Eesti_Noorsoo_Kasvatuse_Selts, lk 4
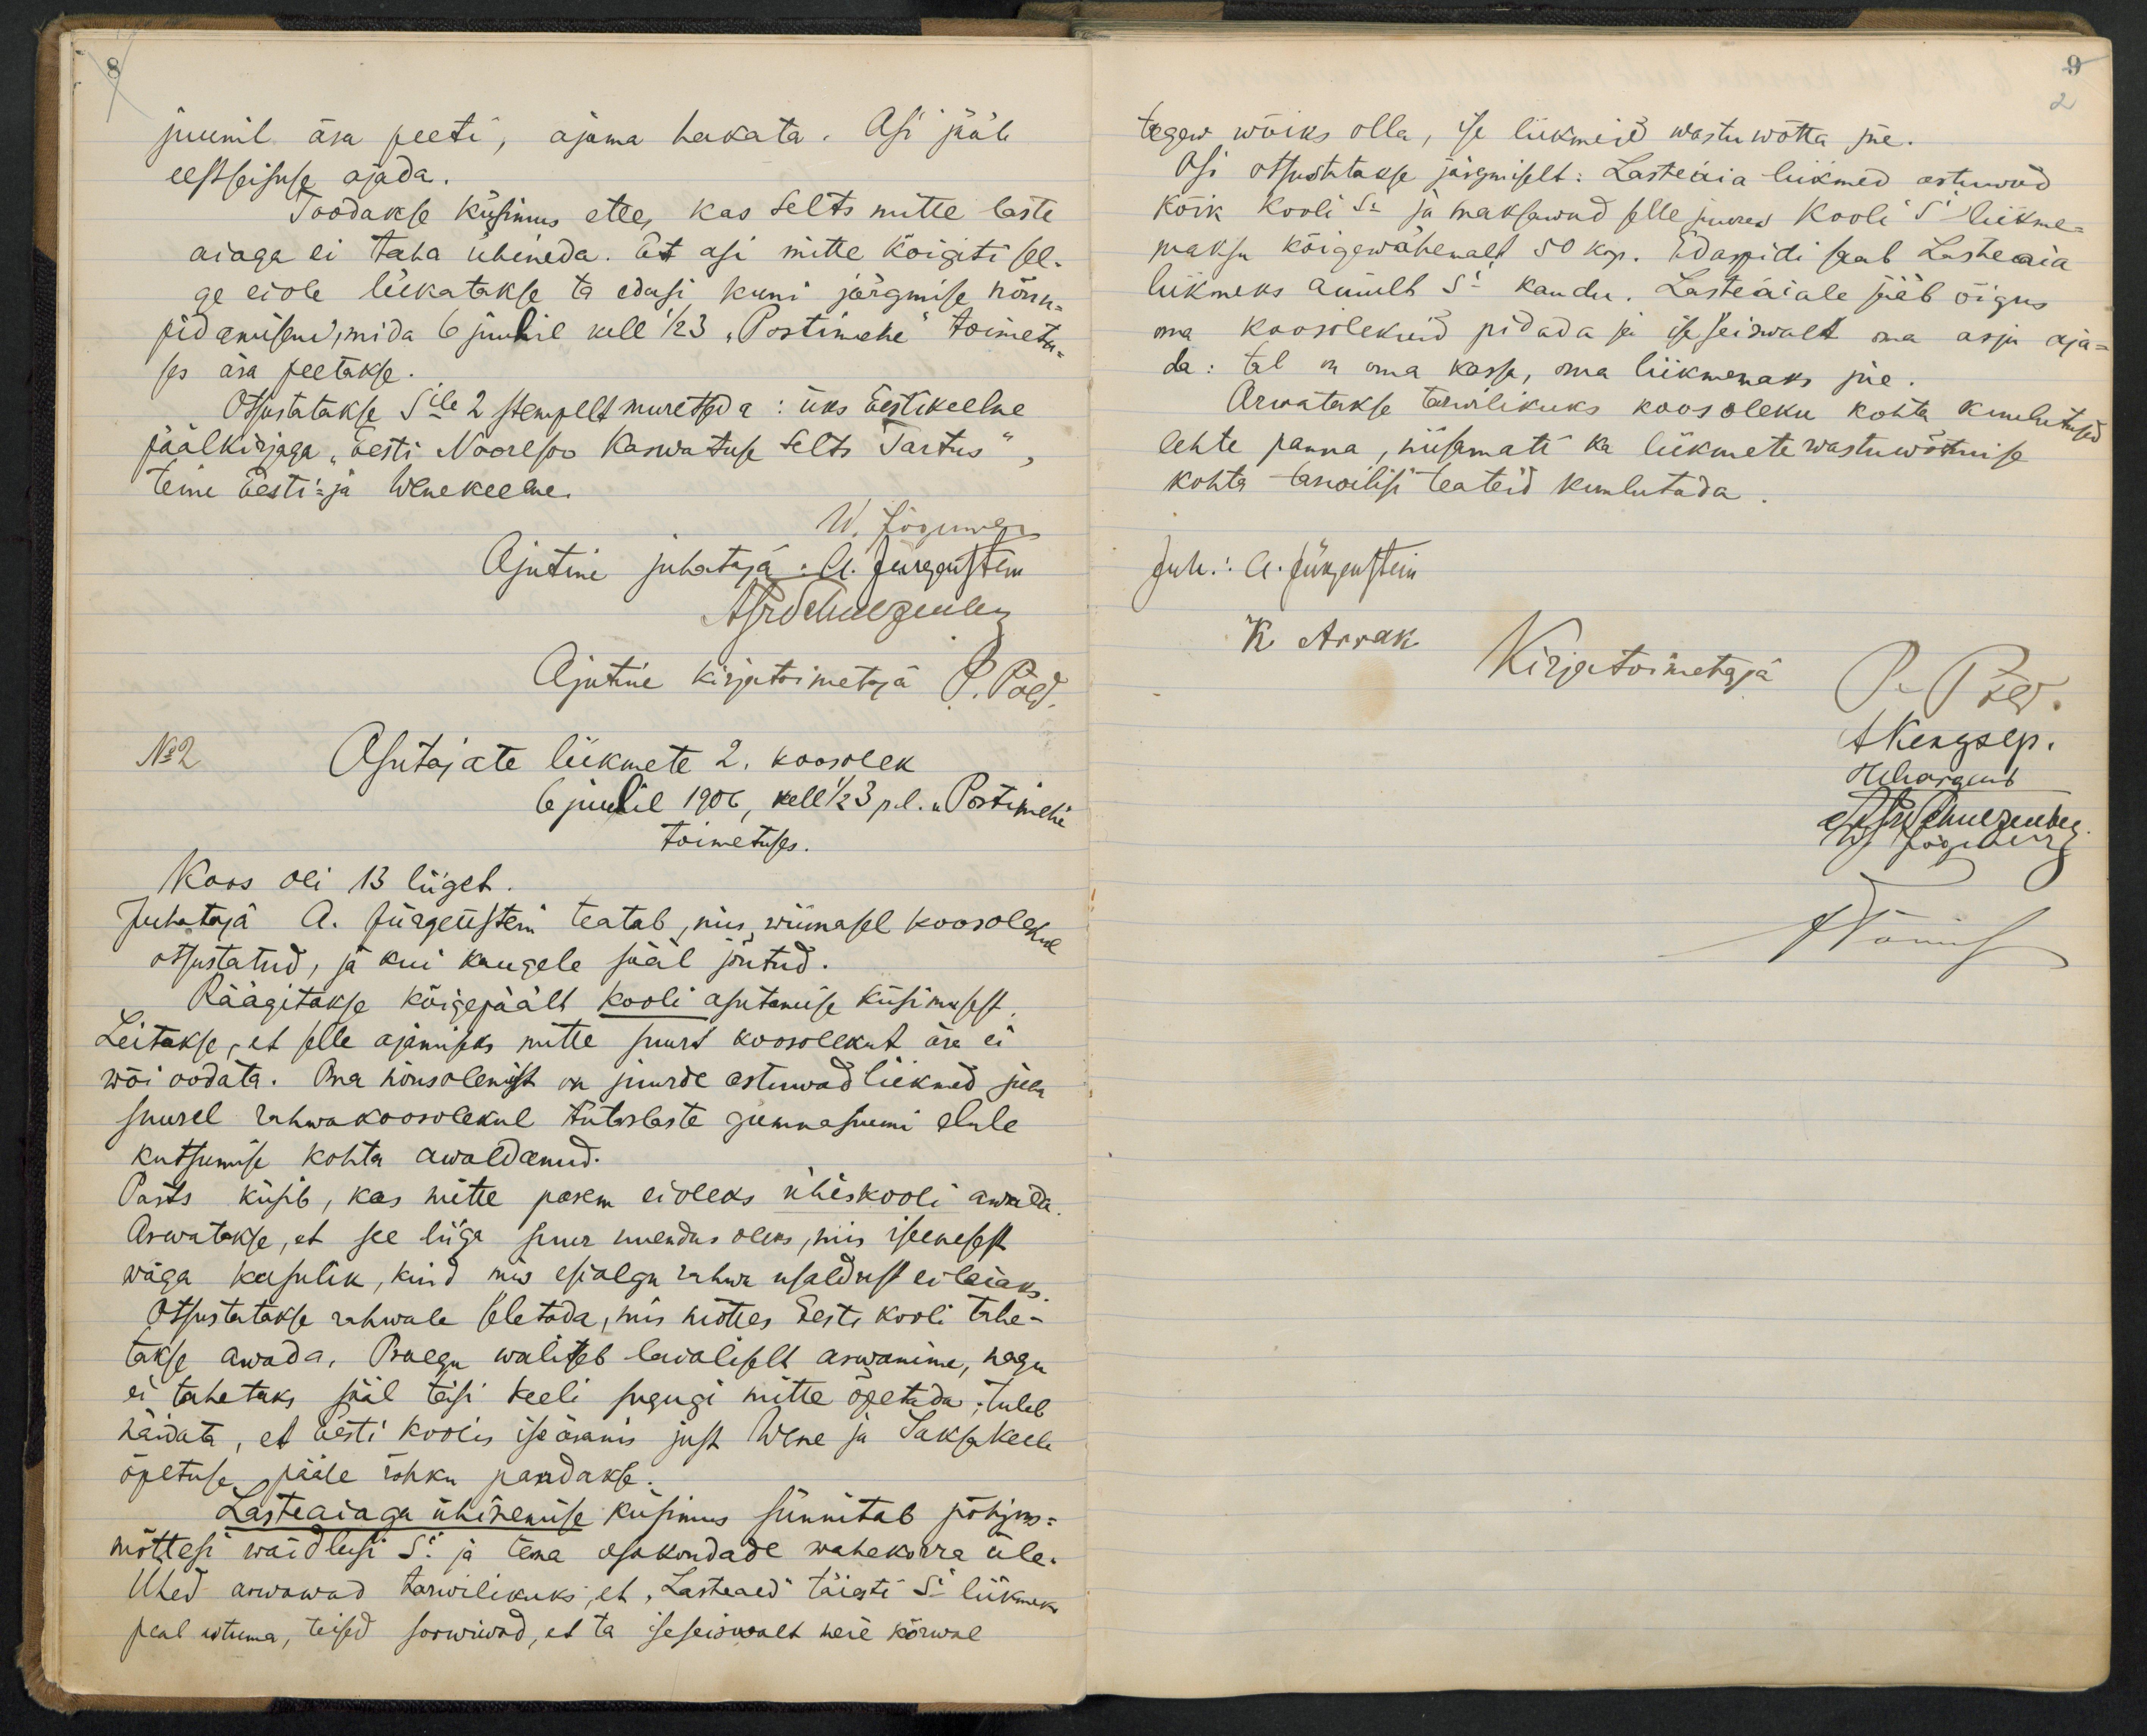
puenil ära peeti, ajama hakata. Asi päheepbisuse ajada.Töödakle küsimus ette, kas selts mtte lasteaiaga ei taha ühineda. Et asi mitte kõigiti sl-ge eiole liekatakse ta edasi kuni järgmise hõnu-pidawiseud, mida 6 juubil kell 1/2 3 "Oostimehe toimeta-pes ära peetakseOtsustatakse Sele 2 sempelt muretada: üks õestikeelne.paalkirjaga,Eesti Nooresoo Ranwatuse telts Tartus,teme Eesti: ja Wlnekeelne.Õsutajate liikmete 2. koovlek6juutil 1906, kell 1/2 3 pl. Postimehitoimetuses.Koos oli 13 liigeb.Juhataja A. hürgenstem teatab, miis wiimasel koosoletulotsustatud, ja kui kaugele sääl jõutud.Räägitakse kõigepäält kooli asutamuse küsimebs.Leitakse, et plle ajannpas mitte suurt koosolekut äre eiwõi oödata. Ona housolenist on juurde astuwadliekned pelrsuurel lahwakoosolekul tütslaste gumnasumi elulekutsumise kohta awaldanud.Vasts küsb, kas mitte pakm eioleks uhiskooli awata.Arwatakse, et see liiga suur nulndus oleks, mis rpenesswäga kasulik, kuid mis esialgu rahwa usaldust ei leiaksOtsustatakse rahwale Oletada, mis hõttes Eesti kooli trhe-täkse awada. Oiaegu wahteb lavaliplt arwanime, haguei tahetaks säil täsi teeli sugugi mitte õgetada, tulelhawata, et aesti koolis iseasams just Wene ja Saksakeeleõpetuse pääle rohku pandakb.Rasteaiaga ühinemise küpimus sünnitab põhjus-mõtteh waidlusi s. ja tema asokondade wahekorra üle-Ühed arwvawad tarwilikuks, et"Lasteaed täiati 5i liikmekpeal ustuma, teised soowiioad, et ta seseiswalt heie kõrwal

tegew wõiks olla, se liikmeid wastuwõtta säe.Osi otsustatakse jäigmiselt: Lasteäia lukmed astuwadkõrk Kooli ta ja haksawad slle puired koole 5 likme-maksu kõigewähevalt 50 kop. Edapidi pab Lasteaialukmeks anmlb 5- kaudu. Lasteäiale pääb õigusma koosilekuid pidada ja jaseiswalt ona asju aja-da: tal m oma kassa, oma liikmemaks jne.Arvatakse tarlikuks koosoleku kohta kuulutejalehte panna, nusamati ka liikmete wastuwõttnisekohta ttanoelisi teateid kunlutada.